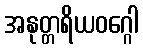
အနုတ္တရိယဝဂ္ဂေါ